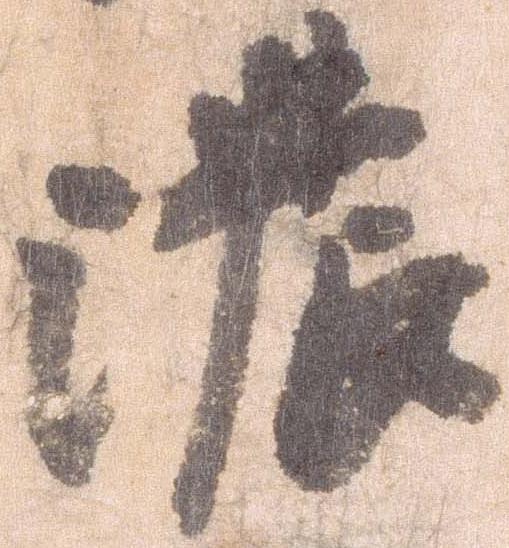
濃